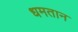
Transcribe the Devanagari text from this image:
धमतान